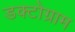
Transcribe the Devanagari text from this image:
डक्टोग्राम